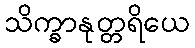
သိက္ခာနုတ္တရိယေ